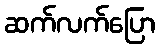
ဆက်လက်ပြော